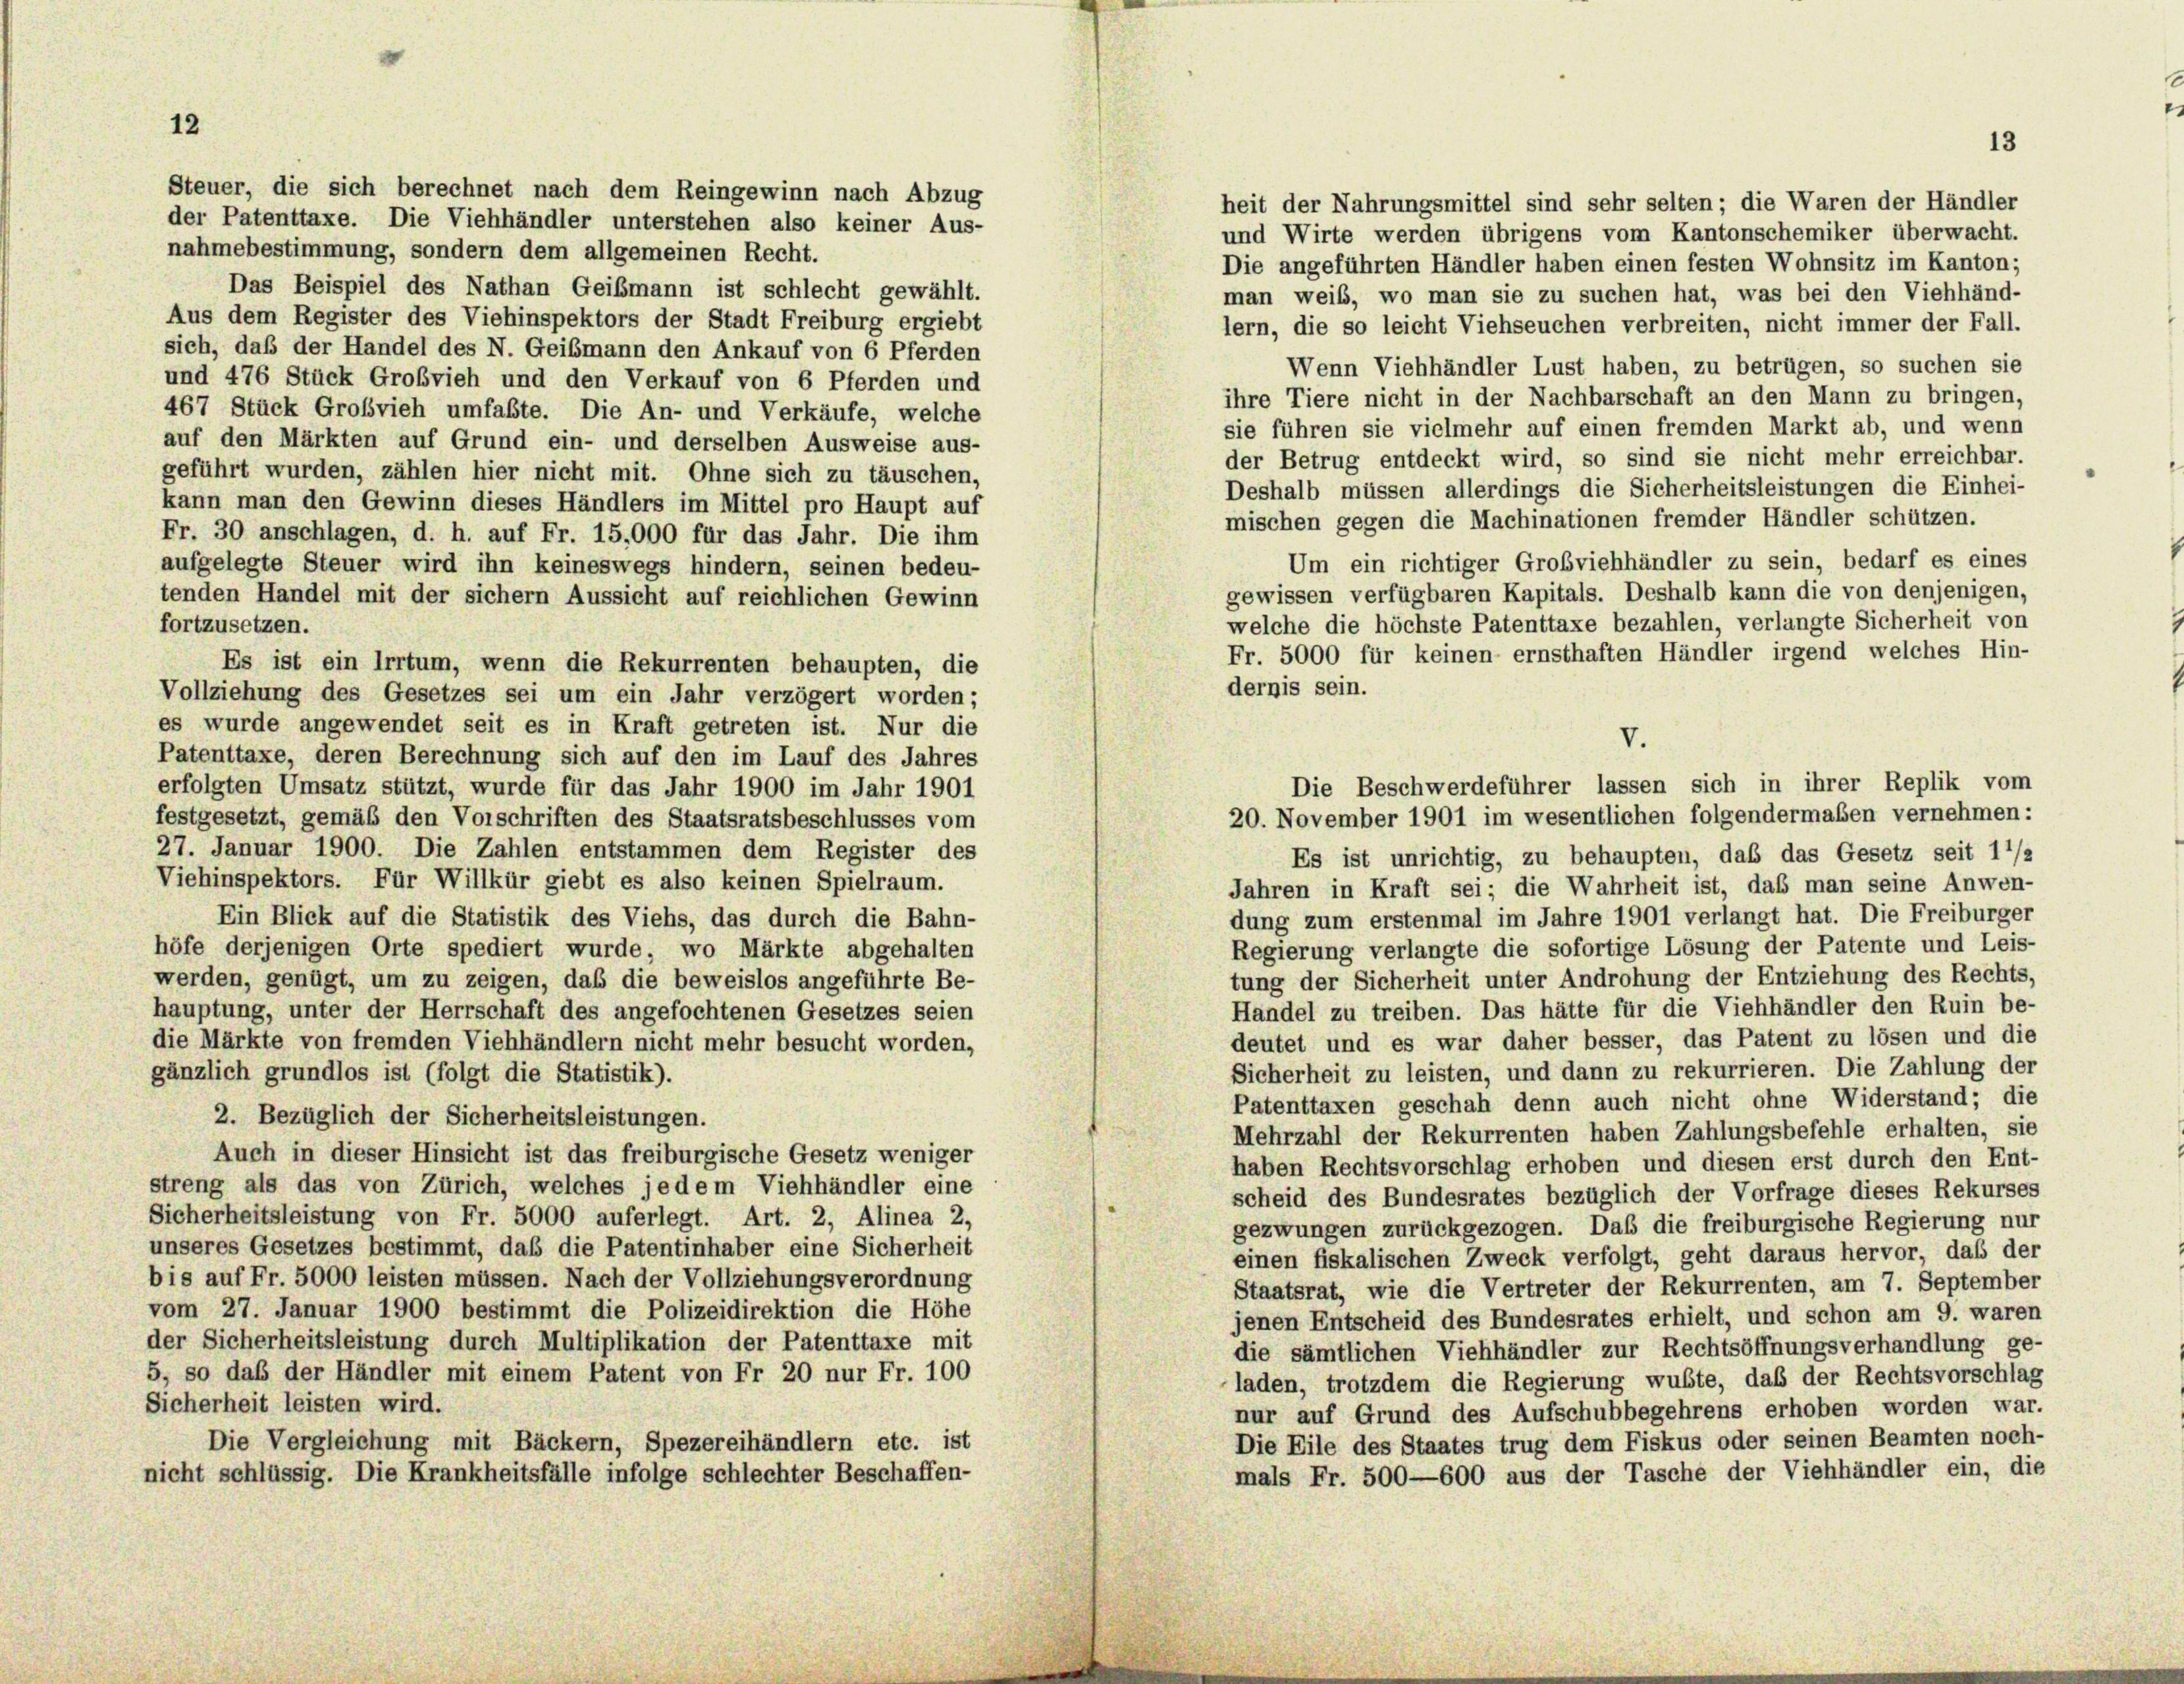
Steuer, die sich berechnet nach dem Reingewinn nach Abzug
der Patenttaxe. Die Viehhändler unterstehen also keiner Aus-

12

heit der Nahrungsmittel sind sehr selten; die Waren der Händler
und Wirte werden übrigens vom Kantonschemiker überwacht.
nahmebestimmung, sondern dem allgemeinen Recht.
Die angeführten Händler haben einen festen Wohnsitz im Kanton;
Das Beispiel des Nathan Geißmann ist schlecht gewählt.
man weib, wo man sie zu suchen hat, was bei den Viehhänd-
Aus dem Register des Viehinspektors der Stadt Freiburg ergiebt
lern, die so leicht Viehseuchen verbreiten, nicht immer der Fall.
sich, daß der Handel des N. Geißmann den Ankauf von 6 Pferden
Wenn Viehhändler Lust haben, zu betrügen, so suchen sie
und 476 Stück Großvieh und den Verkauf von 6 Pferden und
ihre Tiere nicht in der Nachbarschaft an den Mann zu bringen,
467 Stück Großvieh umfaßte. Die An- und Verkäufe, welche
sie führen sie vielmehr auf einen fremden Markt ab, und wenn
auf den Märkten auf Grund ein- und derselben Ausweise aus-
der Betrug entdeckt wird, so sind sie nicht mehr erreichbar.
geführt wurden, zählen hier nicht mit. Ohne sich zu täuschen,
Deshalb müssen allerdings die Sicherheitsleistungen die Einhei-
kann man den Gewinn dieses Händlers im Mittel pro Haupt auf
mischen gegen die Machinationen fremder Händler schützen.
Fr. 30 anschlagen, d. h. auf Fr. 15,000 für das Jahr. Die ihm
Um ein richtiger Großviehhändler zu sein, bedarf es eines
aufgelegte Steuer wird ihn keineswegs hindern, seinen bedeu-
gewissen verfügbaren Kapitals. Deshalb kann die von denjenigen,
tenden Handel mit der sichern Aussicht auf reichlichen Gewinn
welche die höchste Patenttaxe bezahlen, verlangte Sicherheit von
fortzusetzen.
Fr. 5000 für keinen ernsthaften Händler irgend welches Hin-
Es ist ein Irrtum, wenn die Rekurrenten behaupten, die
dernis sein.
Vollziehung des Gesetzes sei um ein Jahr verzögert worden;
es wurde angewendet seit es in Kraft getreten ist. Nur die
V.
Patenttaxe, deren Berechnung sich auf den im Lauf des Jahres
Die Beschwerdeführer lassen sich in ihrer Replik vom
erfolgten Umsatz stützt, wurde für das Jahr 1900 im Jahr 1901
20. November 1901 im wesentlichen folgendermaßen vernehmen:
festgesetzt, gemäß den Vorschriften des Staatsratsbeschlusses vom
27. Januar 1900. Die Zahlen entstammen dem Register des
Es ist unrichtig, zu behaupten, daß das Gesetz seit 11/2
Viehinspektors. Für Willkür giebt es also keinen Spielraum.
Jahren in Kraft sei; die Wahrheit ist, daß man seine Anwen-
dung zum erstenmal im Jahre 1901 verlangt hat. Die Freiburger
Ein Blick auf die Statistik des Viehs, das durch die Bahn-
Regierung verlangte die sofortige Lösung der Patente und Leis-
höfe derjenigen Orte spediert wurde, wo Märkte abgehalten
tung der Sicherheit unter Androhung der Entziehung des Rechts,
werden, genügt, um zu zeigen, daß die beweislos angeführte Be-
Handel zu treiben. Das hätte für die Viehhändler den Ruin be-
hauptung, unter der Herrschaft des angefochtenen Gesetzes seien
deutet und es war daher besser, das Patent zu lösen und die
die Märkte von fremden Viehhändlern nicht mehr besucht worden,
Sicherheit zu leisten, und dann zu rekurrieren. Die Zahlung der
gänzlich grundlos ist (folgt die Statistik).
Patenttaxen geschah denn auch nicht ohne Widerstand; die
2. Bezüglich der Sicherheitsleistungen.
Mehrzahl der Rekurrenten haben Zahlungsbefehle erhalten, sie
Auch in dieser Hinsicht ist das freiburgische Gesetz weniger
haben Rechtsvorschlag erhoben und diesen erst durch den Ent-
streng als das von Zürich, welches jedem Viehhändler eine
scheid des Bundesrates bezüglich der Vorfrage dieses Rekurses
Sicherheitsleistung von Fr. 5000 auferlegt. Art. 2, Alinea 2,
gezwungen zurückgezogen. Das die freiburgische Regierung nur
unseres Gesetzes bestimmt, daß die Patentinhaber eine Sicherheit
einen fiskalischen Zweck verfolgt, geht daraus hervor, daß der
bis auf Fr. 5000 leisten müssen. Nach der Vollziehungsverordnung
Staatsrat, wie die Vertreter der Rekurrenten, am 7. September
vom 27. Januar 1900 bestimmt die Polizeidirektion die Höhe
jenen Entscheid des Bundesrates erhielt, und schon am 9. waren
der Sicherheitsleistung durch Multiplikation der Patenttaxe mit
die sämtlichen Viehhändler zur Rechtsöffnungsverhandlung ge-
5, so das der Händler mit einem Patent von Fr 20 nur Fr. 100
laden, trotzdem die Regierung wußte, daß der Rechtsvorschlag
Sicherheit leisten wird.
nur auf Grund des Aufschubbegehrens erhoben worden war.
Die Eile des Staates trug dem Fiskus oder seinen Beamten noch-
Die Vergleichung mit Bäckern, Spezereihändlern etc. ist
mals Fr. 500—600 aus der Tasche der Viehhändler ein, die
nicht schlüssig. Die Krankheitsfälle infolge schlechter Beschaffen-